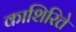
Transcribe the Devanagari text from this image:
काशिरित्ते